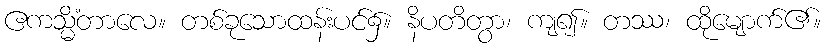
ဧကသ္မိံတာလေ။ တစ်ခုသောထန်းပင်၌။ နိပတိတွာ၊ ကျ၍။ တဿ၊ ထိုမျောက်၏။